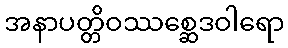
အနာပတ္တိဝဿစ္ဆေဒဝါရော